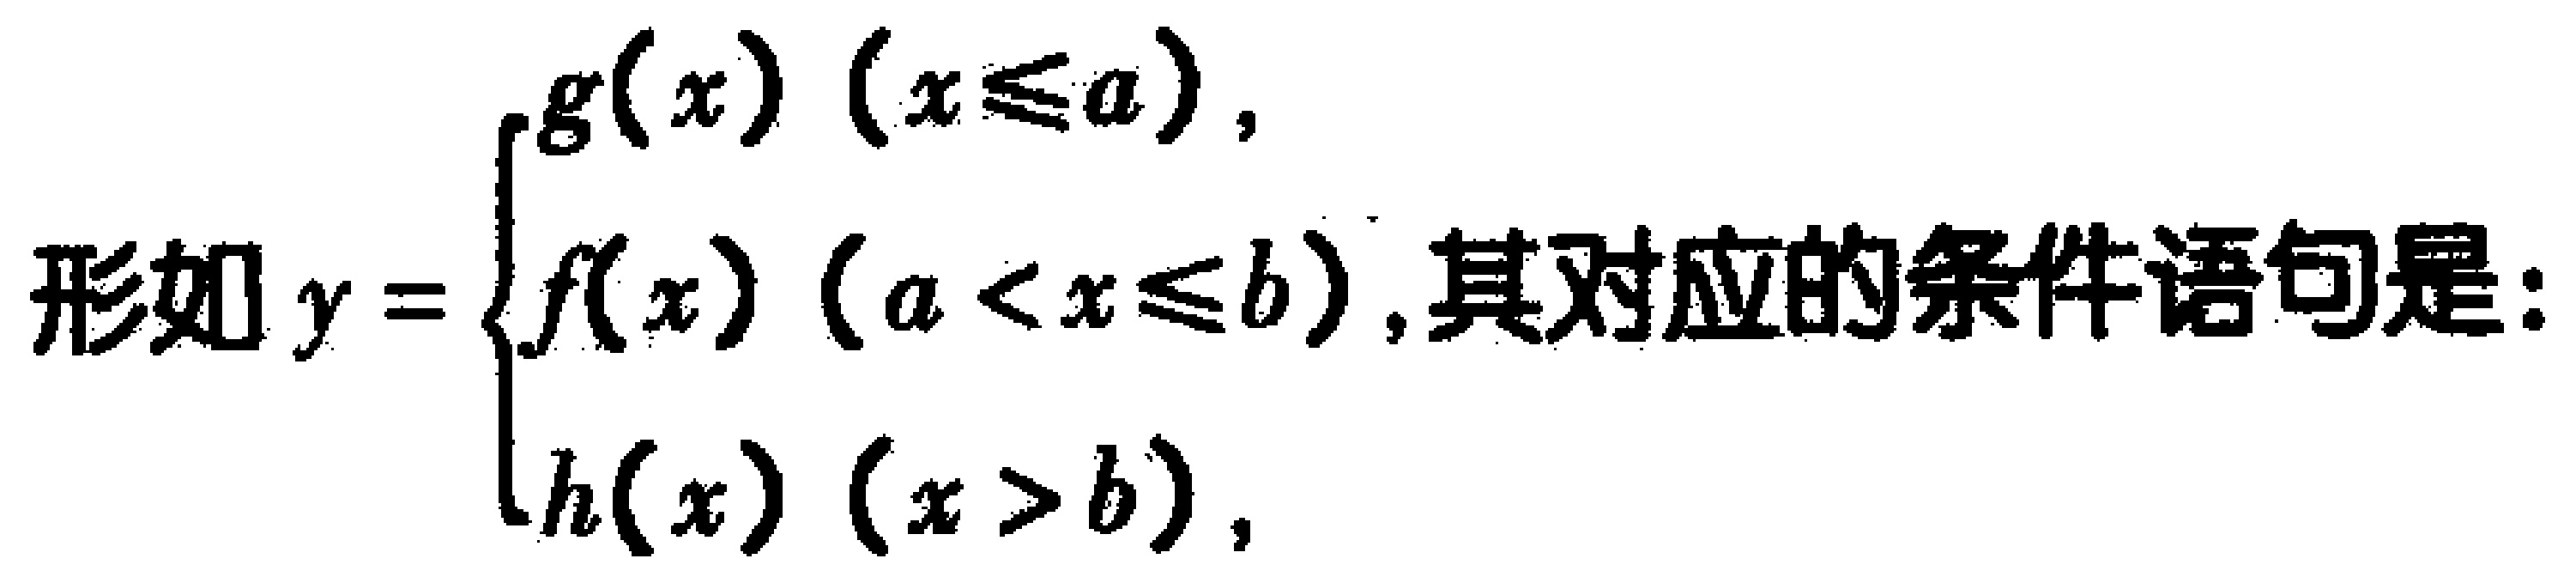
形如\(y = \begin{cases}
g(x) & (x\leq a), \\
f(x) & (a < x\leq b), \\
h(x) & (x > b),
\end{cases}\)其对应的条件语句是：